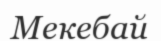
Мекебай